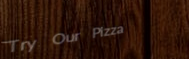
Try Our Pizza